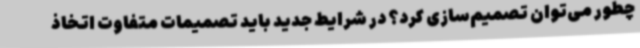
چطور می‌توان تصمیم‌سازی کرد؟ در شرایط جدید باید تصمیمات متفاوت اتخاذ